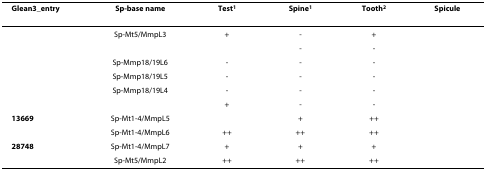
<table><thead><tr><td><b>Glean3_entry</b></td><td><b>Sp-basename</b></td><td><b>Test <sup>1</sup></b></td><td><b>Spine <sup>1</sup></b></td><td><b>Tooth <sup>2</sup></b></td><td><b>Spicule</b></td></tr></thead><tbody><tr><td>[EMPTY_CELL]</td><td>Sp-Mt5/MmpL3</td><td>+</td><td>-</td><td>+</td><td>[EMPTY_CELL]</td></tr><tr><td>[EMPTY_CELL]</td><td>[EMPTY_CELL]</td><td>[EMPTY_CELL]</td><td>-</td><td>-</td><td>[EMPTY_CELL]</td></tr><tr><td>[EMPTY_CELL]</td><td>Sp-Mmp18/19L6</td><td>-</td><td>-</td><td>-</td><td>[EMPTY_CELL]</td></tr><tr><td>[EMPTY_CELL]</td><td>Sp-Mmp18/19L5</td><td>-</td><td>-</td><td>-</td><td>[EMPTY_CELL]</td></tr><tr><td>[EMPTY_CELL]</td><td>Sp-Mmp18/19L4</td><td>-</td><td>-</td><td>-</td><td>[EMPTY_CELL]</td></tr><tr><td>[EMPTY_CELL]</td><td>[EMPTY_CELL]</td><td>+</td><td>-</td><td>-</td><td>[EMPTY_CELL]</td></tr><tr><td><b>13669</b></td><td>Sp-Mt1-4/MmpL5</td><td>[EMPTY_CELL]</td><td>+</td><td>++</td><td>[EMPTY_CELL]</td></tr><tr><td>[EMPTY_CELL]</td><td>Sp-Mt1-4/MmpL6</td><td>++</td><td>++</td><td>++</td><td>[EMPTY_CELL]</td></tr><tr><td><b>28748</b></td><td>Sp-Mt1-4/MmpL7</td><td>+</td><td>+</td><td>+</td><td>[EMPTY_CELL]</td></tr><tr><td>[EMPTY_CELL]</td><td>Sp-Mt5/MmpL2</td><td>++</td><td>++</td><td>++</td><td>[EMPTY_CELL]</td></tr></tbody></table>